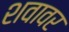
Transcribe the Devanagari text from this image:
शवावर